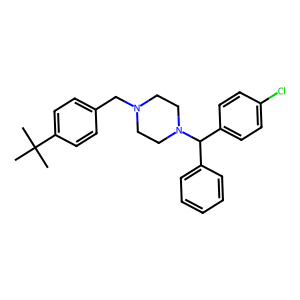
SMILES: CC(C)(C)c1ccc(CN2CCN(C(c3ccccc3)c3ccc(Cl)cc3)CC2)cc1
Inhibits HIV replication: No